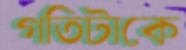
গতিটাকে